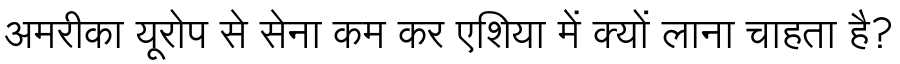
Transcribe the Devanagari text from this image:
अमरीका यूरोप से सेना कम कर एशिया में क्यों लाना चाहता है?